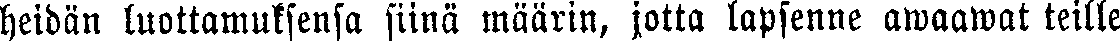
heidän luottamuksensa siinä määrin, jotta lapsenne awaawat teille